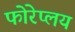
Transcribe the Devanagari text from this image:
फोरेप्लय